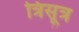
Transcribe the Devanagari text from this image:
त्रिसूत्र